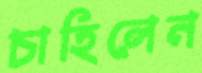
চাহিলেন